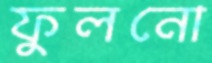
ফুলনো